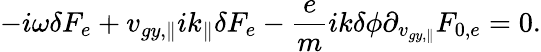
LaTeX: -i\omega\delta F_{e}+{v}_{gy,\parallel}ik_{\parallel}\delta F_{e}-\frac{e}{m}i{k}\delta\phi\partial_{v_{gy,\parallel}}F_{0,e}=0.